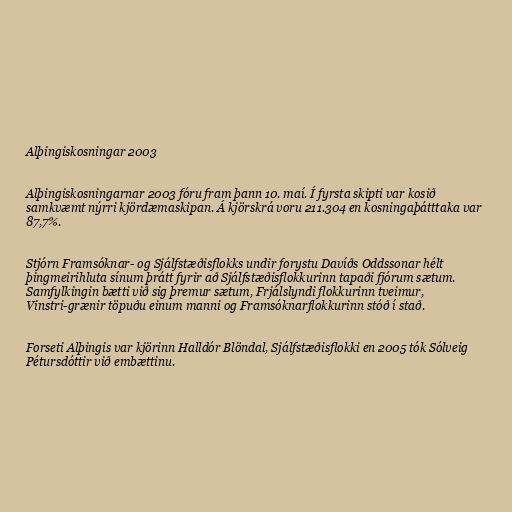
Alþingiskosningar 2003

Alþingiskosningarnar 2003 fóru fram þann 10. maí. Í fyrsta skipti var kosið
samkvæmt nýrri kjördæmaskipan. Á kjörskrá voru 211.304 en kosningaþátttaka var
87,7%.

Stjórn Framsóknar- og Sjálfstæðisflokks undir forystu Davíðs Oddssonar hélt
þingmeirihluta sínum þrátt fyrir að Sjálfstæðisflokkurinn tapaði fjórum sætum.
Samfylkingin bætti við sig þremur sætum, Frjálslyndi flokkurinn tveimur,
Vinstri-grænir töpuðu einum manni og Framsóknarflokkurinn stóð í stað.

Forseti Alþingis var kjörinn Halldór Blöndal, Sjálfstæðisflokki en 2005 tók Sólveig
Pétursdóttir við embættinu.